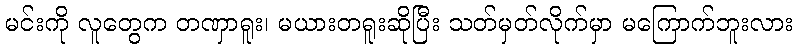
မင်းကို လူတွေက တဏှာရူး၊ မယားတရူးဆိုပြီး သတ်မှတ်လိုက်မှာ မကြောက်ဘူးလား